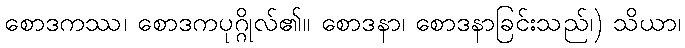
စောဒကဿ၊ စောဒကပုဂ္ဂိုလ်၏။ စောဒနာ၊ စောဒနာခြင်းသည်၊) သိယာ၊